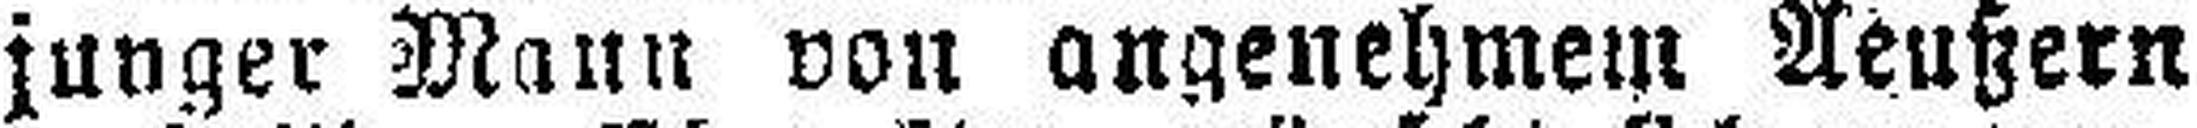
junger Mann von angenehmem Aeußern